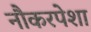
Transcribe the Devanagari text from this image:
नौकरपेशा